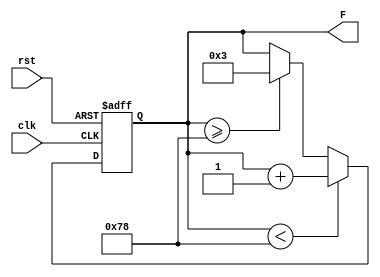
module Counter8Bit(input clk,rst, output reg [7:0]F);

	
	always	@(posedge clk or negedge rst)
		begin
			
			if(!rst)	F = 3;
			else 
			
				begin
					
					if(F<120)
						F = F+1;
					else if(F>=120)
						F = 3;
				end
			
		end
	

endmodule